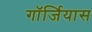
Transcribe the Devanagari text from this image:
गॉर्जियास